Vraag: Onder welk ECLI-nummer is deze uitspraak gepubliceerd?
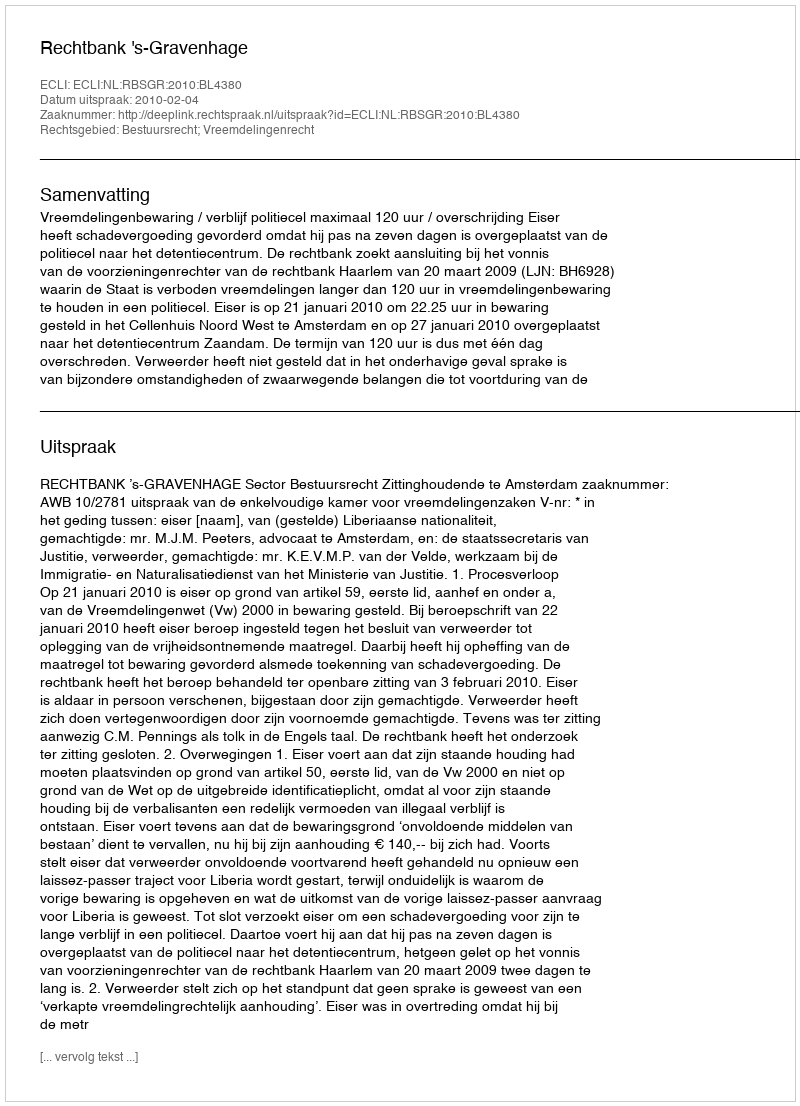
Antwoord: ECLI:NL:RBSGR:2010:BL4380